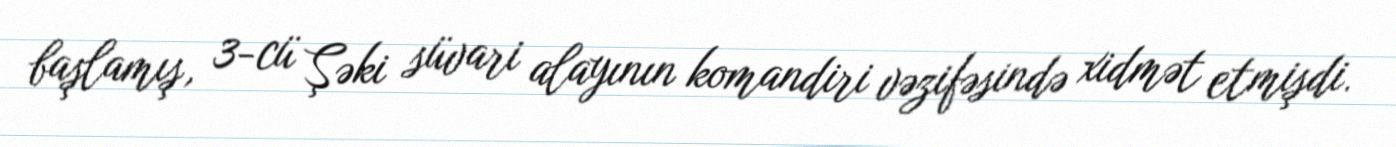
başlamış, 3-cü Şəki süvari alayının komandiri vəzifəsində xidmət etmişdi.